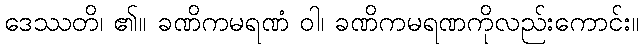
ဒေဿတိ၊ ၏။ ခဏိကမရဏံ ဝါ၊ ခဏိကမရဏကိုလည်းကောင်း။